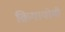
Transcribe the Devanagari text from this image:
क्रियायोगी